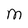
Character: M